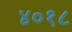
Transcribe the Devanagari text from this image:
४०१८